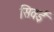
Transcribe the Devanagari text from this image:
सिवईं